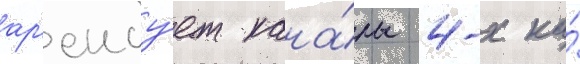
ар'енду́ет кана́лы 4-х ка́